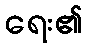
ရေး၏